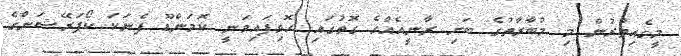
މީގެއިތުރުން މި މުބާރާތުގެ ބަށި ރާނީއެއްގެ ގޮތުގައި ހޮވިފައިވަނީ ކޮމަންޑޫ ފެނަކަ ކޯޕަރޭޝަންގެ